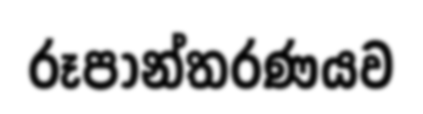
රූපාන්තරණයව